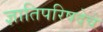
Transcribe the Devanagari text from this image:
ज्ञातिपरिषदेचे